Investigations on Bengal jail dietaries - Number 37
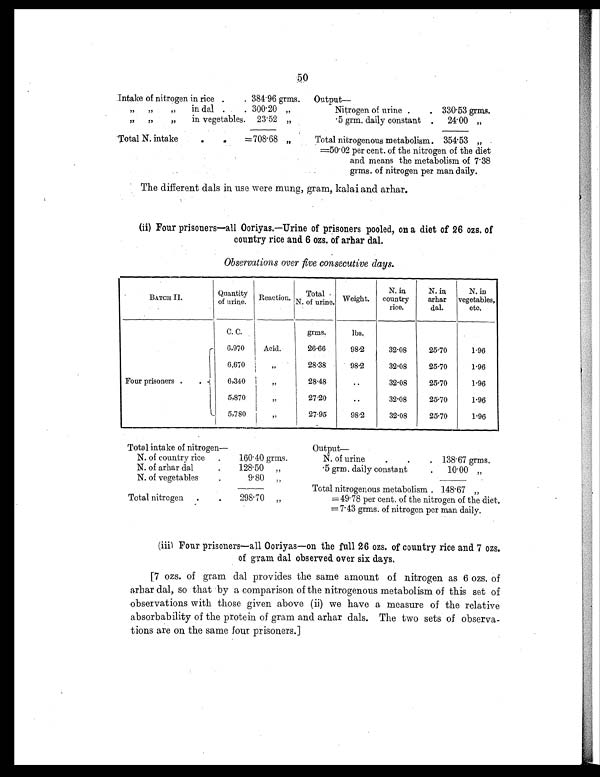
50
Intake of nitrogen in rice .
. 384.96 grms. Output
—
„ „ „ in dal .
. 300.20 „
Nitrogen of urine .
. 330.53 grms.
„ „ „ in vegetables. 23.52 „
.5 grm. daily constant . 24.00 „
Total N. intake
.
.
=708.68 „
Total nitrogenous metabolism . 354.53 „
=50.02 per cent. of the nitrogen of the diet
and means the metabolism of 7.38
grms. of nitrogen per man daily.
The different dals in use were mung, gram, kalai and arhar.
(ii) Four prisoners—all Ooriyas.—Urine of prisoners pooled, on a diet of 26 ozs. of
country rice and 6 ozs. of arhar dal.
Observations over five consecutive days.
BATCH II.
Quantity
of urine. Reaction. Total
N. of urine. Weight.
N. in
country
rice.
N. in
arhar
dal.
N. in
vegetables,
etc.
C. C.
grms.
lbs.
Four prisoners . .
6,970
Acid.
26.66
98.2
32.08
25.70
1.96
6,670
„
28.38
98.2
32.08
25.70
1.96
6,340 „
28.48
..
32.08
25.70
1.96
5,870
„
27.20
..
32.08
25.70
1.96
5,780
„
27.95
98.2
32.08
25.70
1.96
Total intake of nitrogen—
Output —
N. of country rice .
160.40 grms.
N. of urin
.
.
. 138.67 grms.
N. of arhar dal
. 128.50 „
.5 grm. daily constant
. 10.00 „
N. of vegetables
.
9.80 „
Total nitrogenous metabolism . 148.67 „
Total nitrogen .
.
298.70 „
=49.78 per cent. of the nitrogen of the diet.
= 7.43 grms. of nitrogen per man daily.
(iii) Four prisoners—all Ooriyas—on the full 26 ozs. of country rice and 7 ozs.
of gram dal observed over six days.
[7 ozs. of gram dal provides the same amount of nitrogen as 6 ozs. of
arhar dal, so that by a comparison of the nitrogenous metabolism of this set of
observations with those given above (ii) we have a measure of the relative
absorbability of the protein of gram and arhar dals. The two sets of observa-
tions are on the same four prisoners.]